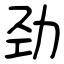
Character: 劲